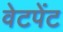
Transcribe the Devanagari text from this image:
वेटपेंट